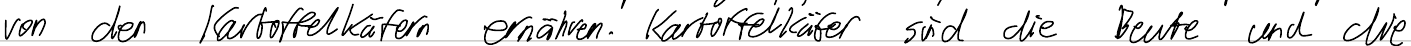
von den Kartoffelkäfern ernähren. Kartoffelkäfer sind die Beute und die